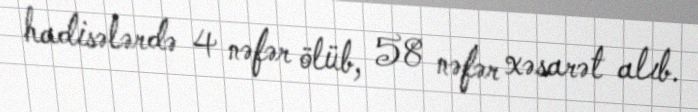
hadisələrdə 4 nəfər ölüb, 58 nəfər xəsarət alıb.